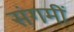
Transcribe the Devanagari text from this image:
संगमीं